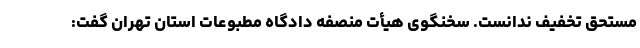
مستحق تخفیف ندانست. سخنگوی هیأت منصفه دادگاه مطبوعات استان تهران گفت: